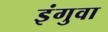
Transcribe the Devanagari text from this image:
इंगुवा